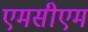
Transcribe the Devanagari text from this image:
एमसीएम